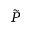
\tilde { P }